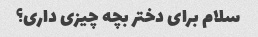
سلام برای دختر بچه چیزی داری؟